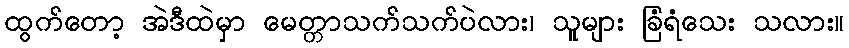
ထွက်တော့ အဲဒီထဲမှာ မေတ္တာသက်သက်ပဲလား၊ သူများ ခြံရံသေး သလား။